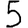
Digit: 5